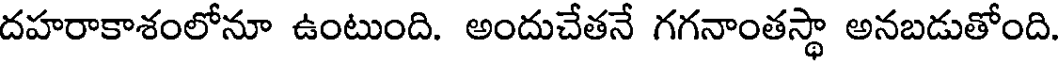
దహరాకాశంలోనూ ఉంటుంది. అందుచేతనే గగనాంతస్థా అనబడుతోంది